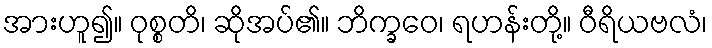
အားဟူ၍။ ဝုစ္စတိ၊ ဆိုအပ်၏။ ဘိက္ခဝေ၊ ရဟန်းတို့။ ဝီရိယဗလံ၊